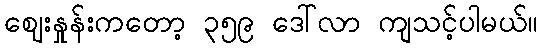
ဈေးနှုန်းကတော့ ၃၅၉ ဒေါ်လာ ကျသင့်ပါမယ်။